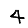
Digit: 4